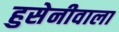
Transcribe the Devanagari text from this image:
हुसेनीवाला